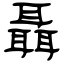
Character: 聶